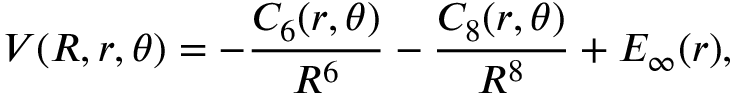
V ( R , r , \theta ) = - \frac { C _ { 6 } ( r , \theta ) } { R ^ { 6 } } - \frac { C _ { 8 } ( r , \theta ) } { R ^ { 8 } } + E _ { \infty } ( r ) ,